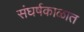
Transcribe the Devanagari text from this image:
संघर्षकाळात